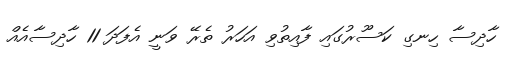
ހާދިސާ ހިނގި ކަސޫރުގައި ފާއިތުވި އަހަރު ތެރޭ ވަނީ އެފަދަ 11 ހާދިސާއެއް